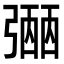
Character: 𢐡